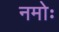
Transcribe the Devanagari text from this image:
नमोः